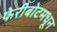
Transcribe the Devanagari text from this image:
फेरीबोटमधून